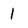
Character: 1